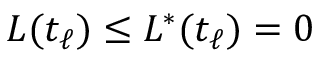
L ( t _ { \ell } ) \leq L ^ { * } ( t _ { \ell } ) = 0